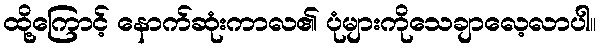
ထို့ကြောင့် နောက်ဆုံးကာလ၏ ပုံများကိုသေချာလေ့လာပါ။